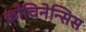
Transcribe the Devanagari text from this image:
कोचिनेन्सिस